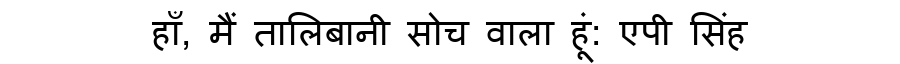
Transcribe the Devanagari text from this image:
हाँ, मैं तालिबानी सोच वाला हूं: एपी सिंह